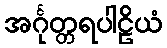
အင်္ဂုတ္တရပါဠိယံ